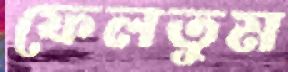
ফেলতুম